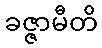
ခဇ္ဇာမီတိ